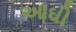
આઘી